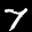
Label: 7